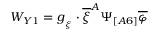
W _ { Y 1 } = g _ { _ { \xi } } \cdot \overline { { { \xi } } } ^ { A } \Psi _ { [ A 6 ] } \overline { { { \varphi } } }